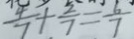
\frac { 4 } { 7 } + \frac { 2 } { 7 } = \frac { 6 } { 7 }